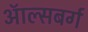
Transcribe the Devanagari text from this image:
ऑल्सबर्ग